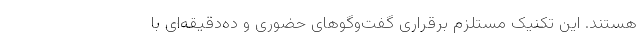
هستند. این تکنیک مستلزم برقراری گفت‌وگوهای حضوری و ده‌دقیقه‌ای با